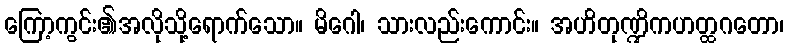
ကြော့ကွင်း၏အလိုသို့ရောက်သော။ မိဂေါ၊ သားလည်းကောင်း။ အဟိတုဏ္ဍိကဟတ္ထဂတော၊